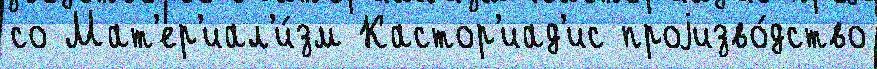
со Мат'ер'иал'и́зм Кастор'иад'ис проjизво́дство